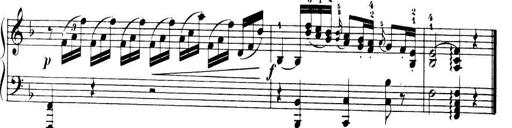
Title: 32 Sonatinas and Rondos for the Piano
Composer: Richard Kleinmichel